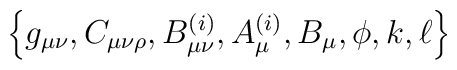
\left\{g_{\mu\nu}, C_{\mu\nu\rho}, B^{(i)}_{\mu\nu}, A^{(i)}_\mu,B_\mu, \phi, k, \ell\right\}